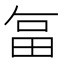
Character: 𭻉